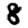
Digit: 8